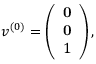
v ^ { ( 0 ) } = \left( \begin{array} { c c c } { { { \bf 0 } } } \\ { { { \bf 0 } } } \\ { { 1 } } \end{array} \right) ,